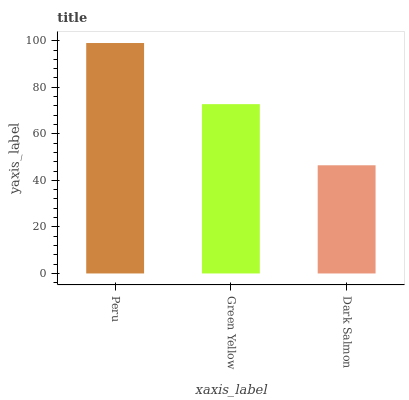
| xaxis_label | bars |
 | --- | --- |
 | Peru | 99 |
 | Green Yellow | 72.7 |
 | Dark Salmon | 46.5 |